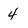
Character: 4